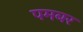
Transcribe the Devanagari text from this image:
पमबर